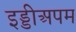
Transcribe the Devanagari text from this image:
इड्डीअपम